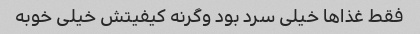
فقط غذا‌ها خیلی سرد بود وگرنه کیفیتش خیلی خوبه